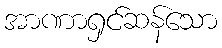
အာဏာရှင်ဆန်သော